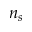
n _ { s }